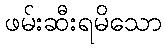
ဖမ်းဆီးရမိသော